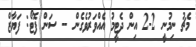
މެޗު ނިމުނީ 2-2 އިން ދެޓީމު އެއްވަރުވެގެން -- ސަން ފޮޓޯ: ފަޔާޒް